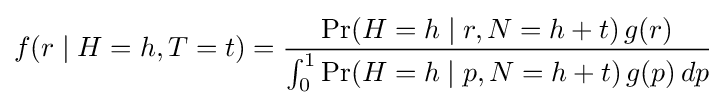
f(r\mid H=h,T=t)={\frac {\Pr(H=h\mid r,N=h+t)\,g(r)}{\int _{0}^{1}\Pr(H=h\mid p,N=h+t)\,g(p)\,dp}}